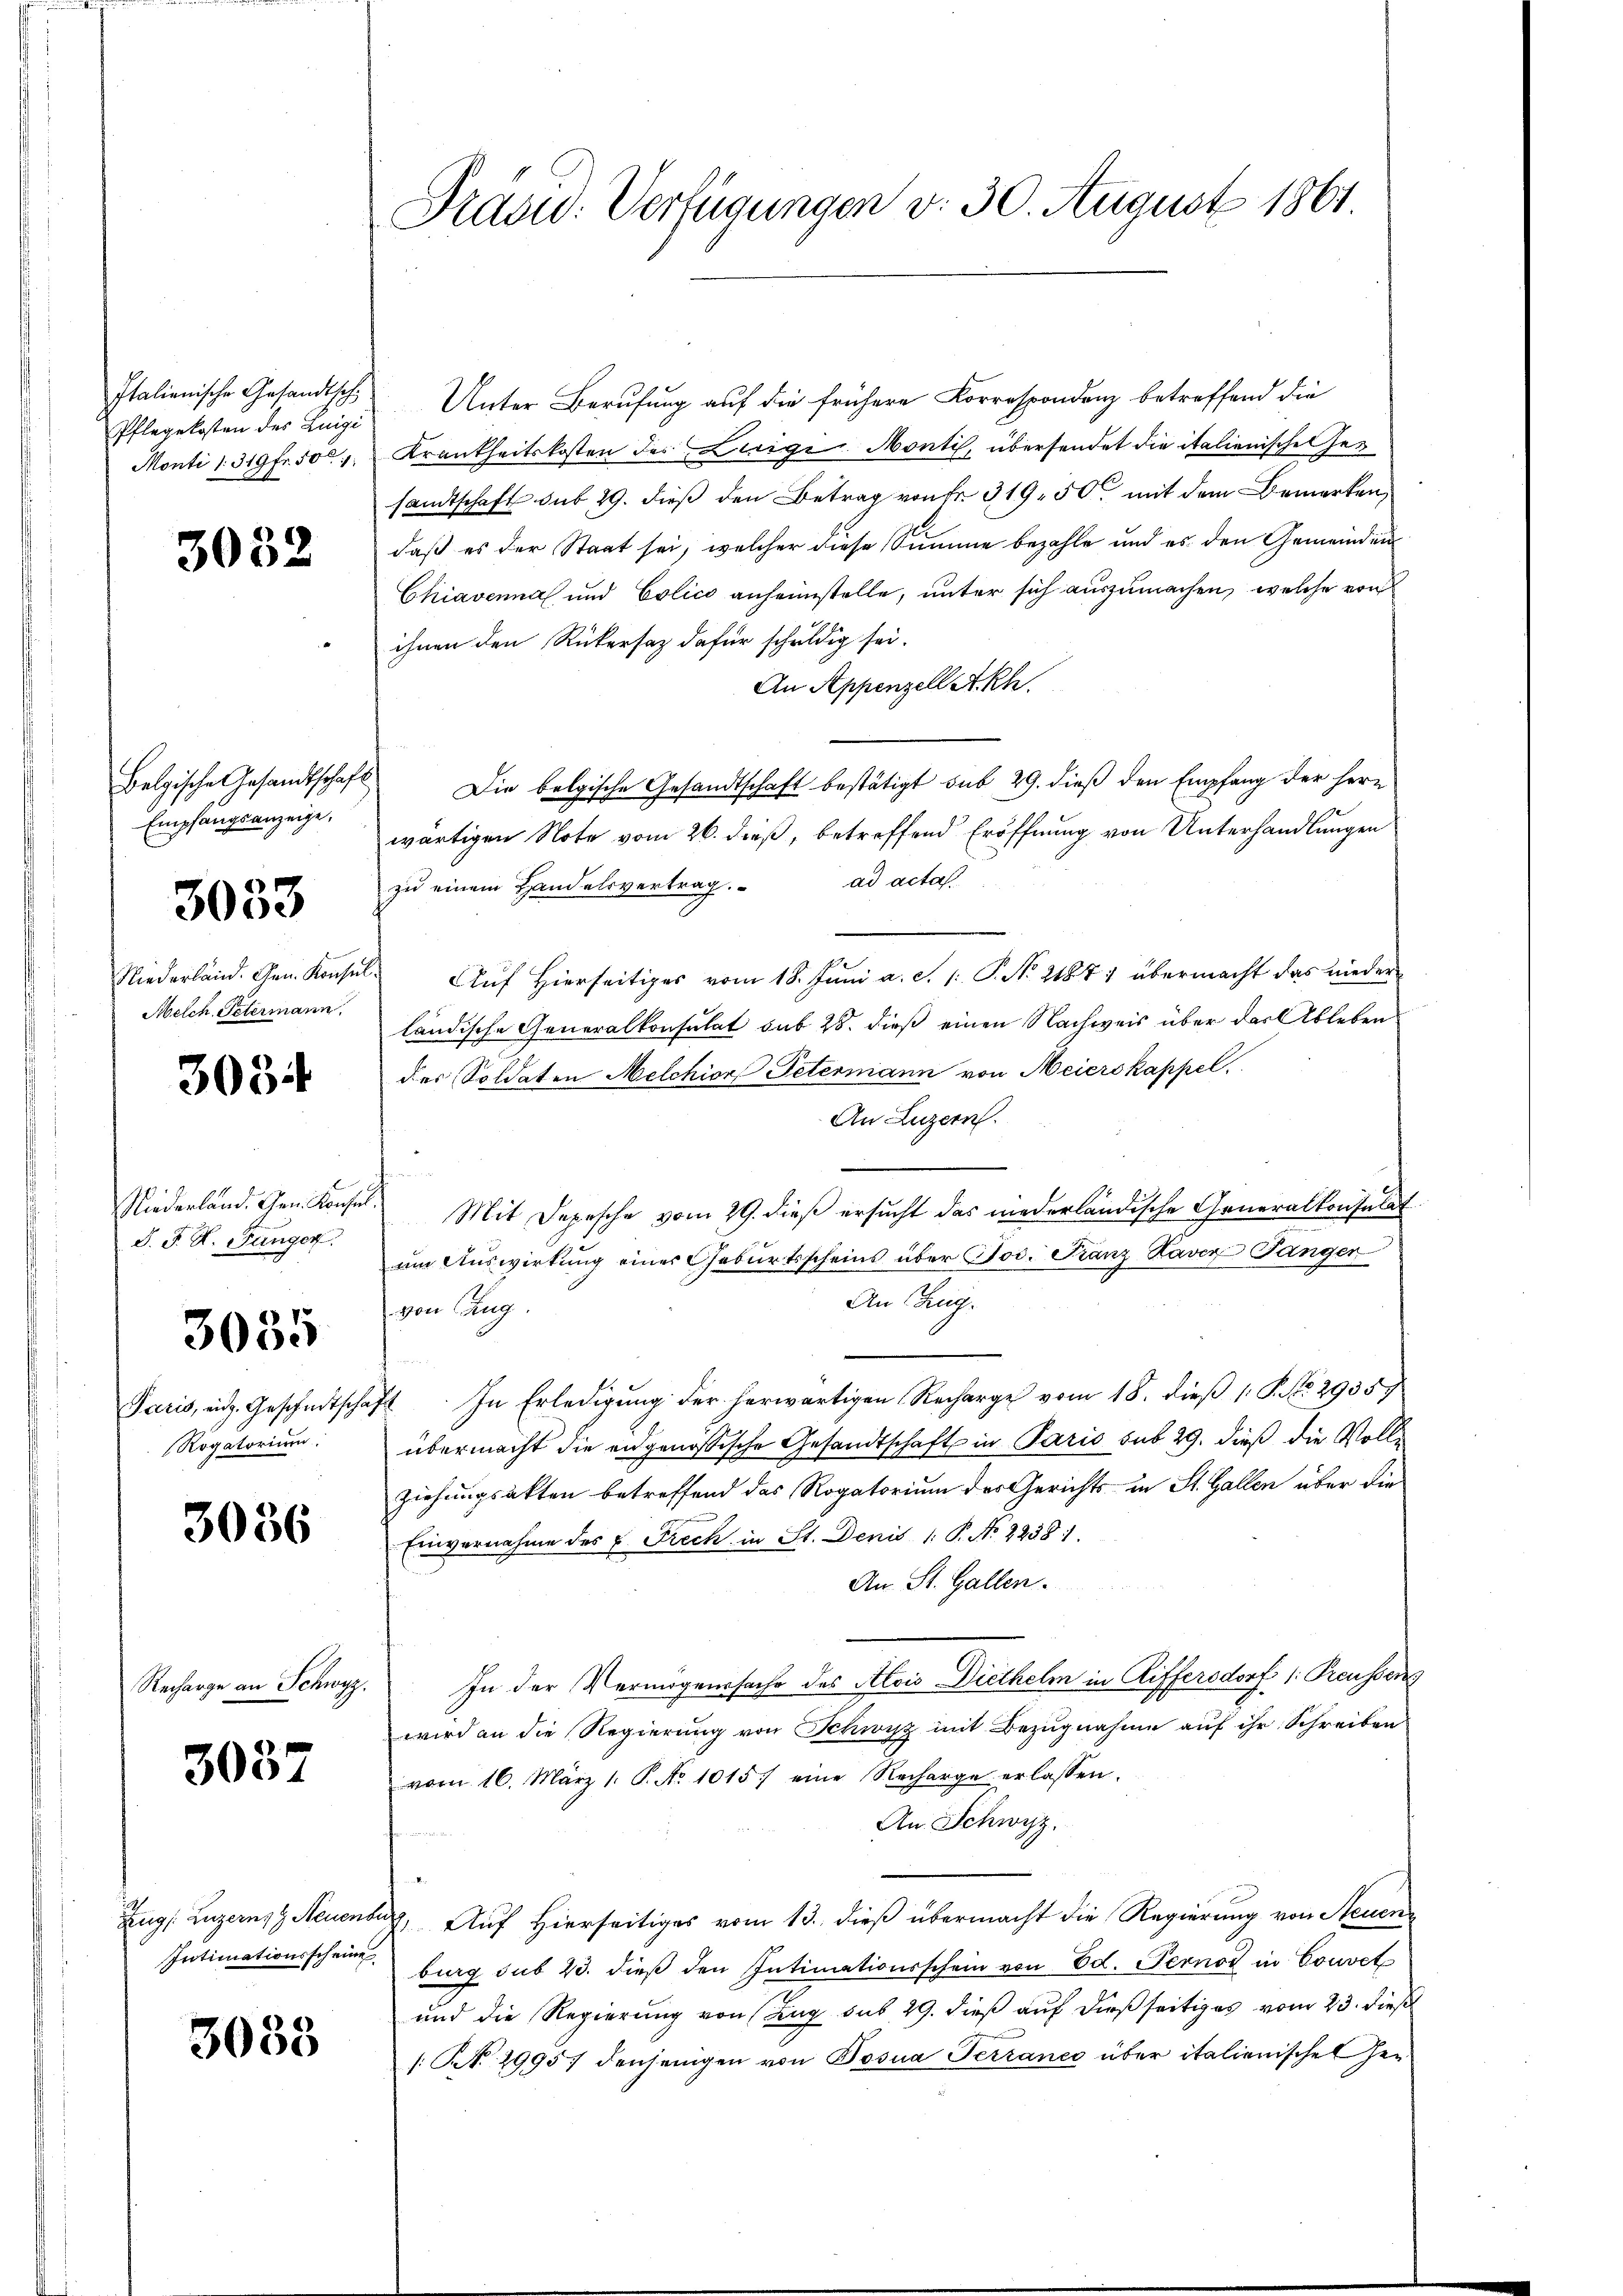
Italienische Gesandtsch
Pflegekosten des Luigi
Monti l. 319 fr. 50

3032

Belgische Gesandtschaft
Empfangsanzeige,

3033

Niederländ. Gen. Konsul
Melch Petermann,

3034

Niederland. Gen. Konse
S. J. R. Fänger

3035

Paris, eidg. Geschnitscha¬
Rogatorium

3036

Recharge an Schwyz.

3037

Zug: Luzern, Neuenbe
Intimationsscheine

3033

Präsid. Verfügungen v. 30. August 1861.

Unter Berufung auf die frühere Korrespondenz betreffend die
Krankheitskosten des Weige Monti, übersendet die italienische Gesandtschaft sub 29. dieß den Betrag von Fr. 319, 50 mit dem Bemerken,
daß es der Staat sei, welcher diese Summe bezahle und es den Gemeinden
Chiavennas und Colico anheimstelle, unter sich auszumachen, welche von
ihnen den Rückersaz dafür schuldig sei.
An Appenzell Akh.
Die belgische Gesandtschaft bestätigt sub 29. dieß den Empfang der Herr
wärtigen Note vom 26. dieß, betreffend Eröffnung von Unterhandlungen
zu einem Handelsvertrag. ad acta
Auf Hierseitiges vom 18. Juni a. c. 1. P. Nr. 21871 übermacht das nieder
ländische Generalkonsulat sub 28. dieß einen Nachweis über das Ableben
des Soldaten Melchior Petermann von Meierskappel.
An Luzern.
u
Mit Depesche vom 29. dieß ersucht das niederländische Generalkonsulat
um Auswirkung einer Geburtsscheins über Jos. Franz Kaver Sänger
An Zug.
von Aug.
71. In Erledigŭng der herwärtigen Recharge vom 18. dieβ (: P. Nr. 2935
übermacht die eidgenössische Gesandtschaft in Paris sub 29. dieß die Vollziehungsakten betreffend das Rogatorium der Gerichts- in St. Gallen über die
Einvernahme des u. Frech in St. Denis 1. P. No 2238
An St. Gallen.
In der Vermögenssache des Alois Diethelm in Riffersdorf /: Preusserg
wird an die Regierung von Schwyz mit Bezugnahme auf ihr Schreiben
vom 16. März 1. P. No 1015. eine Recharge erlassen.
An Schwyz.
, Auf Hierseitiges vom 13. dieß übermacht die Regierung von Neuenburg sub 23. dieß den Intimationsschein von Ed. Pernot in Couvel
und die Regierung von Zug sub 29. dieß auf dießseitiges vom 23. dieß
/ N. 29957 denjenigen von Bosna Terranco über italienischen Her¬